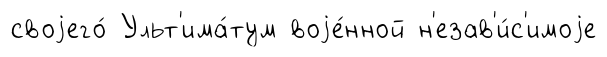
своjего́ Ульт'има́тум воjе́нной н'езав'и́с'имоjе